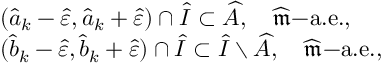
\begin{array} { r l } & { ( \widehat { a } _ { k } - \widehat { \varepsilon } , \widehat { a } _ { k } + \widehat { \varepsilon } ) \cap \widehat { I } \subset \widehat { A } , \quad \widehat { \mathfrak { m } } \mathrm { - a . e . } , } \\ & { ( \widehat { b } _ { k } - \widehat { \varepsilon } , \widehat { b } _ { k } + \widehat { \varepsilon } ) \cap \widehat { I } \subset \widehat { I } \setminus \widehat { A } , \quad \widehat { \mathfrak { m } } \mathrm { - a . e . } , } \end{array}